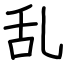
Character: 乱